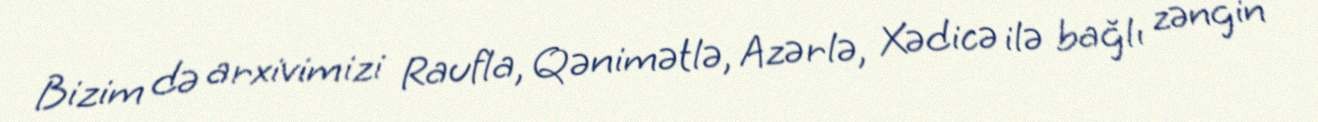
Bizim də arxivimizi Raufla, Qənimətlə, Azərlə, Xədicə ilə bağlı zəngin